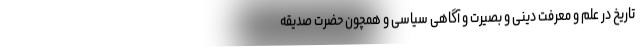
تاریخ در علم و معرفت دینی و بصیرت و آگاهی سیاسی و همچون حضرت صدیقه